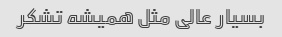
بسیار عالی مثل همیشه تشکر